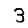
Digit: 3